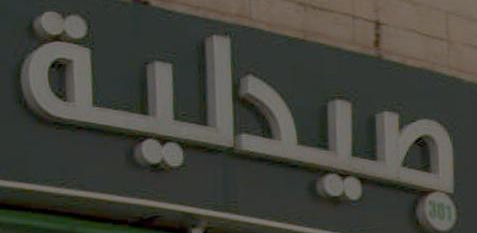
صيدلية